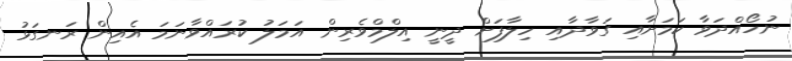
ނުހޯއްދަވާ ކަމަށާއި ގަވާދާއި ހިލާފަށް ދީނީ އިލްމްވެރިން އަމަލު ކުރައްވާނަމަ އެއިން ރަނގަޅު